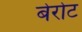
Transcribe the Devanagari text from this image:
बेरोट